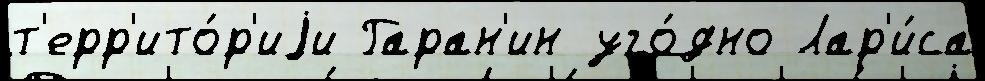
т'ерр'ито́р'иjи Гаран'ин уго́дно Лар'и́са